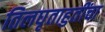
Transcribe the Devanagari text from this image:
तिलघृताहुतींचा